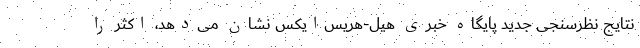
نتایج نظرسنجی جدید پایگاه خبری هیل-هریس‌ایکس نشان می‌دهد، اکثر را